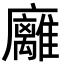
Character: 𢌈